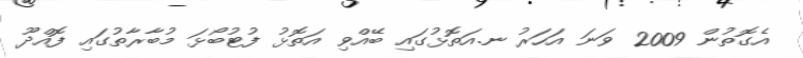
އެގޮތުން 2009 ވަނަ އަހަރު ނ.އަތޮޅުގައި ބޭއްވި އަތޮޅު ފުޓުބޯޅަ މުބާރާތުގައި ފޮއްދޫ